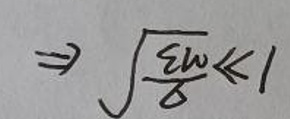
\[
\Rightarrow \sqrt{\frac{\xi\omega}{\delta}}\ll1
\]